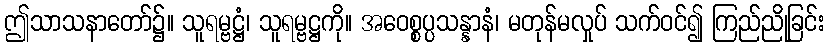
ဤသာသနာတော်၌။ သူရမ္ဗဋ္ဌံ၊ သူရမ္ဗဋ္ဌကို။ အဝေစ္စပ္ပသန္နာနံ၊ မတုန်မလှုပ် သက်ဝင်၍ ကြည်ညိုခြင်း